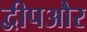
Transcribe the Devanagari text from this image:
द्वीपऔर